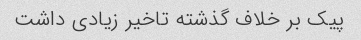
پیک بر خلاف گذشته تاخیر زیادی داشت